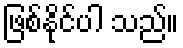
ဖြစ်နိုင်ပါ သည်။